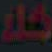
حالا